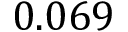
0 . 0 6 9